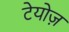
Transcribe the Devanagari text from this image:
टेयोज़